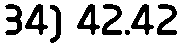
34) 42.42